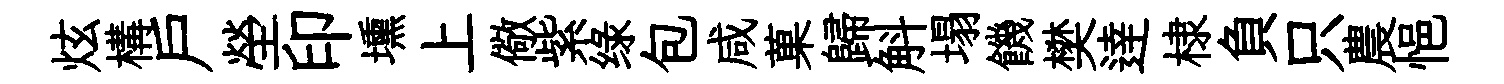
炫構户塋印壎上儆紫绿包咸菓歸斛塌饑樊逹棣負只農悒